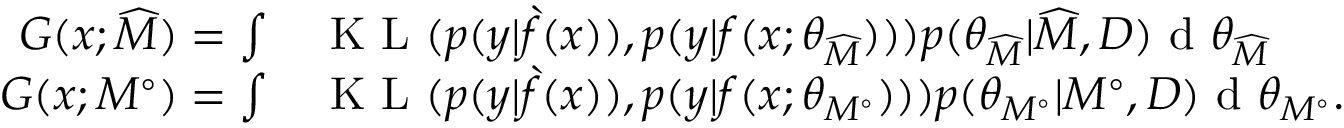
\begin{array} { r l } { G ( x ; \widehat { M } ) = \int } & { \textup { K L } ( p ( y | \grave { f } ( x ) ) , p ( y | f ( x ; \theta _ { \widehat { M } } ) ) ) p ( \theta _ { \widehat { M } } | \widehat { M } , D ) \textup { d } \theta _ { \widehat { M } } } \\ { G ( x ; M ^ { \circ } ) = \int } & { \textup { K L } ( p ( y | \grave { f } ( x ) ) , p ( y | f ( x ; \theta _ { M ^ { \circ } } ) ) ) p ( \theta _ { M ^ { \circ } } | M ^ { \circ } , D ) \textup { d } \theta _ { M ^ { \circ } } . } \end{array}